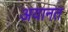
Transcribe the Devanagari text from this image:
अयानत